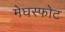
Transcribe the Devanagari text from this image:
मेघस्फोट